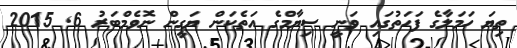
ތިޔަ ހަމަލާގެ ފަހަތުގައި ވަނީ ސިޔާމްގެ އަތެކަން ޔަގީން ނޮވެމްބަރު 6